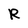
Character: R